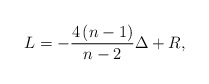
\begin{align*}L=-\frac{4\left( n-1\right) }{n-2}\Delta +R, \end{align*}